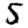
Digit: 5